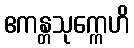
ဧကန္တသုက္ကေဟိ